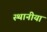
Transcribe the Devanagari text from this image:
स्थानीया